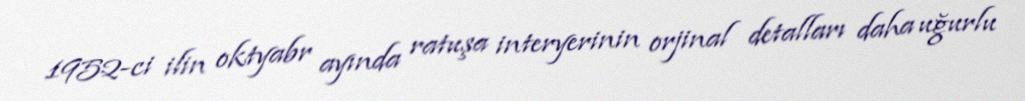
1952-ci ilin oktyabr ayında ratuşa interyerinin orjinal detalları daha uğurlu